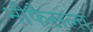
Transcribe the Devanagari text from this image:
भीफैसला